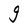
Character: g